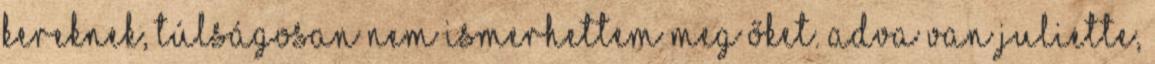
kereknek, túlságosan nem ismerhettem meg őket. Adva van Juliette,